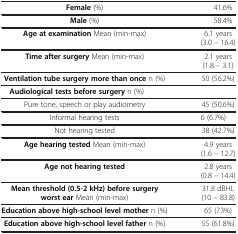
<table><thead><tr><td><b> </b></td><td><b> </b></td></tr></thead><tbody><tr><td><b>Female</b> (%)</td><td>41.6%</td></tr><tr><td><b>Male</b> (%)</td><td>58.4%</td></tr><tr><td><b>Age at examination</b> Mean (min-max)</td><td>6.1 years (3.0 – 16.4)</td></tr><tr><td><b>Time after surgery</b> Mean (min-max)</td><td>2.1 years (1.8 – 3.1)</td></tr><tr><td><b>Ventilation tube surgery more than once</b> n (%)</td><td>50 (56.2%)</td></tr><tr><td> <b>Audiological tests before surgery</b> n (%)</td><td> </td></tr><tr><td>Pure tone, speech or play audiometry</td><td>45 (50.6%)</td></tr><tr><td>Informal hearing tests</td><td>6 (6.7%)</td></tr><tr><td>Not hearing tested</td><td>38 (42.7%)</td></tr><tr><td><b>Age hearing tested</b> Mean (min-max)</td><td>4.9 years (1.6 – 12.7)</td></tr><tr><td><b>Age not hearing tested</b></td><td>2.8 years (0.8 – 14.4)</td></tr><tr><td><b>Mean threshold (0.5-2 kHz) before surgery worst ear</b> Mean (min-max)</td><td>31.8 dBHL (10 – 83.8)</td></tr><tr><td><b>Education above high-school level mother</b> n (%)</td><td>65 (73%)</td></tr><tr><td><b>Education above high-school level father</b> n (%)</td><td>55 (61.8%)</td></tr></tbody></table>